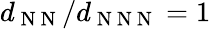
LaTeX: d_{\mathrm{~N~N~}}/d_{\mathrm{~N~N~N~}}=1